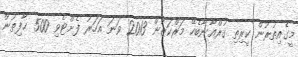
މީގެއިތުރުން ކީރިތި ޤުރްއާނާބެހޭ މަރްކަޒުން 2013 ވަނަ އަހަރު ފެށްޓެވި 500 ޙާފިޡުން